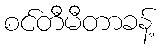
စင်တီမီတာခန့်